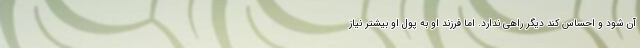
آن شود و احساس کند دیگر راهی ندارد. اما فرزند او به پول او بیشتر نیاز